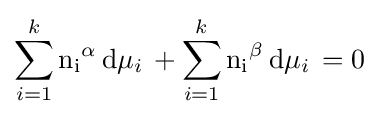
\sum _{i=1}^{k}\mathrm {n_{i}} ^{\alpha }\,\mathrm {d} \mu _{i}\,+\sum _{i=1}^{k}\mathrm {n_{i}} ^{\beta }\,\mathrm {d} \mu _{i}\,=0